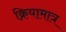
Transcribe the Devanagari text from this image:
क्रियामात्र